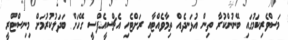
މަސްވެރިކަމުގައި ބޭނުންކުރާ ތިން އުޅަނދެއް ތިމާވެއްޓާއި ރަށްޓެހި އެޗްސީއެފްސީ ގޭހަށް ބަދަލުކުރުމަށް މިނިސްޓްރީ